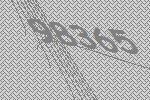
98365